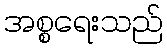
အစ္စရေးသည်